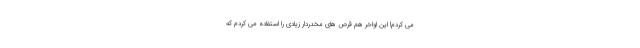
می کردم! این اواخر هم قرص های مخدردار زیادی را استفاده می کردم که